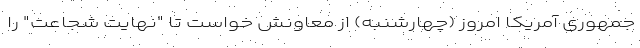
جمهوری آمریکا امروز (چهارشنبه) از معاونش خواست تا "نهایت شجاعت" را